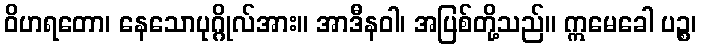
ဝိဟရတော၊ နေသောပုဂ္ဂိုလ်အား။ အာဒီနဝါ၊ အပြစ်တို့သည်။ ဣမေခေါ ပဉ္စ၊